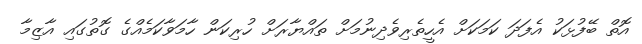
އޮތް ބޭފުޅަކު އެފަދަ ކަމަކަށް އެހީތެރިވެދިނުމަށް ތައްޔާރަށް ހުރިކަން ހާމަވާކަމެއްގެ ގޮތުގައި އާޒިމާ